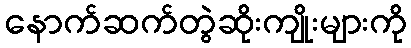
နောက်ဆက်တွဲဆိုးကျိုးများကို